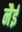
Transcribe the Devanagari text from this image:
नैई